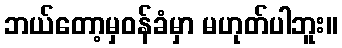
ဘယ်တော့မှဝန်ခံမှာ မဟုတ်ပါဘူး။